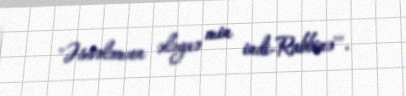
"Əssələmun ələynə min indi-Rabbinə"".